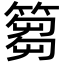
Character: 篘